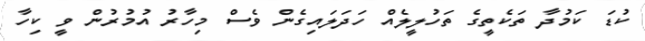
ކުޑަ ކަމުދާ ތަކެތީގެ ތަހުލީލެއް ހަދަލައިގެން ވެސް މިހާރު އުމުރުން ވީ ކިހާ